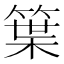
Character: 䈎